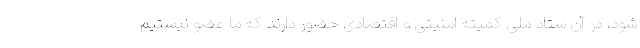
شود، در آن ستاد ملی کمیته امنیتی و اقتصادی حضور دارند که ما عضو نیستیم